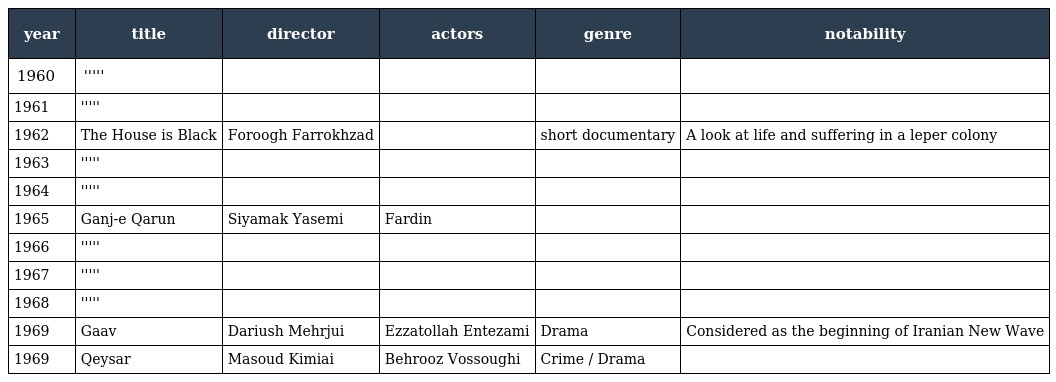
| year | title | director | actors | genre | notability |
 | --- | --- | --- | --- | --- | --- |
 | 1960 | ''''' |  |  |  |  |
 | 1961 | ''''' |  |  |  |  |
 | 1962 | The House is Black | Foroogh Farrokhzad |  | short documentary | A look at life and suffering in a leper colony |
 | 1963 | ''''' |  |  |  |  |
 | 1964 | ''''' |  |  |  |  |
 | 1965 | Ganj-e Qarun | Siyamak Yasemi | Fardin |  |  |
 | 1966 | ''''' |  |  |  |  |
 | 1967 | ''''' |  |  |  |  |
 | 1968 | ''''' |  |  |  |  |
 | 1969 | Gaav | Dariush Mehrjui | Ezzatollah Entezami | Drama | Considered as the beginning of Iranian New Wave |
 | 1969 | Qeysar | Masoud Kimiai | Behrooz Vossoughi | Crime / Drama |  |